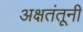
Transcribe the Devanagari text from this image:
अक्षतंतूनी